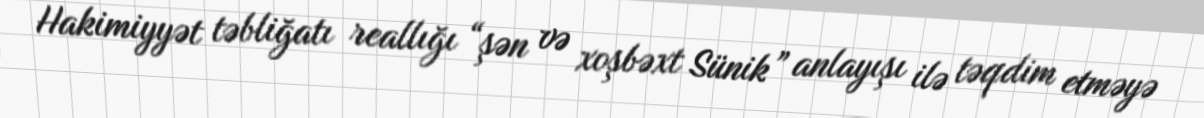
Hakimiyyət təbliğatı reallığı “şən və xoşbəxt Sünik” anlayışı ilə təqdim etməyə